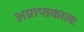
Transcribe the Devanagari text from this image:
अप्राप्तकालः